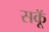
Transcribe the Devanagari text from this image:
सकॅू